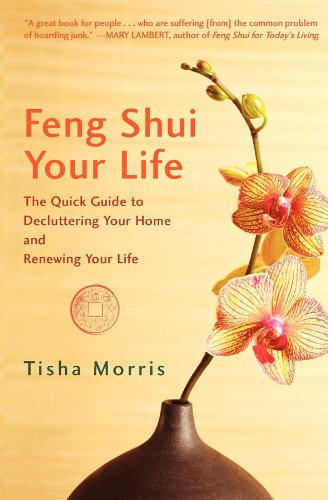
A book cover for Feng Shui Your Life: The Quick Guide to Decluttering Your Home and Renewing Your Life; Tisha Morris; Religion & Spirituality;